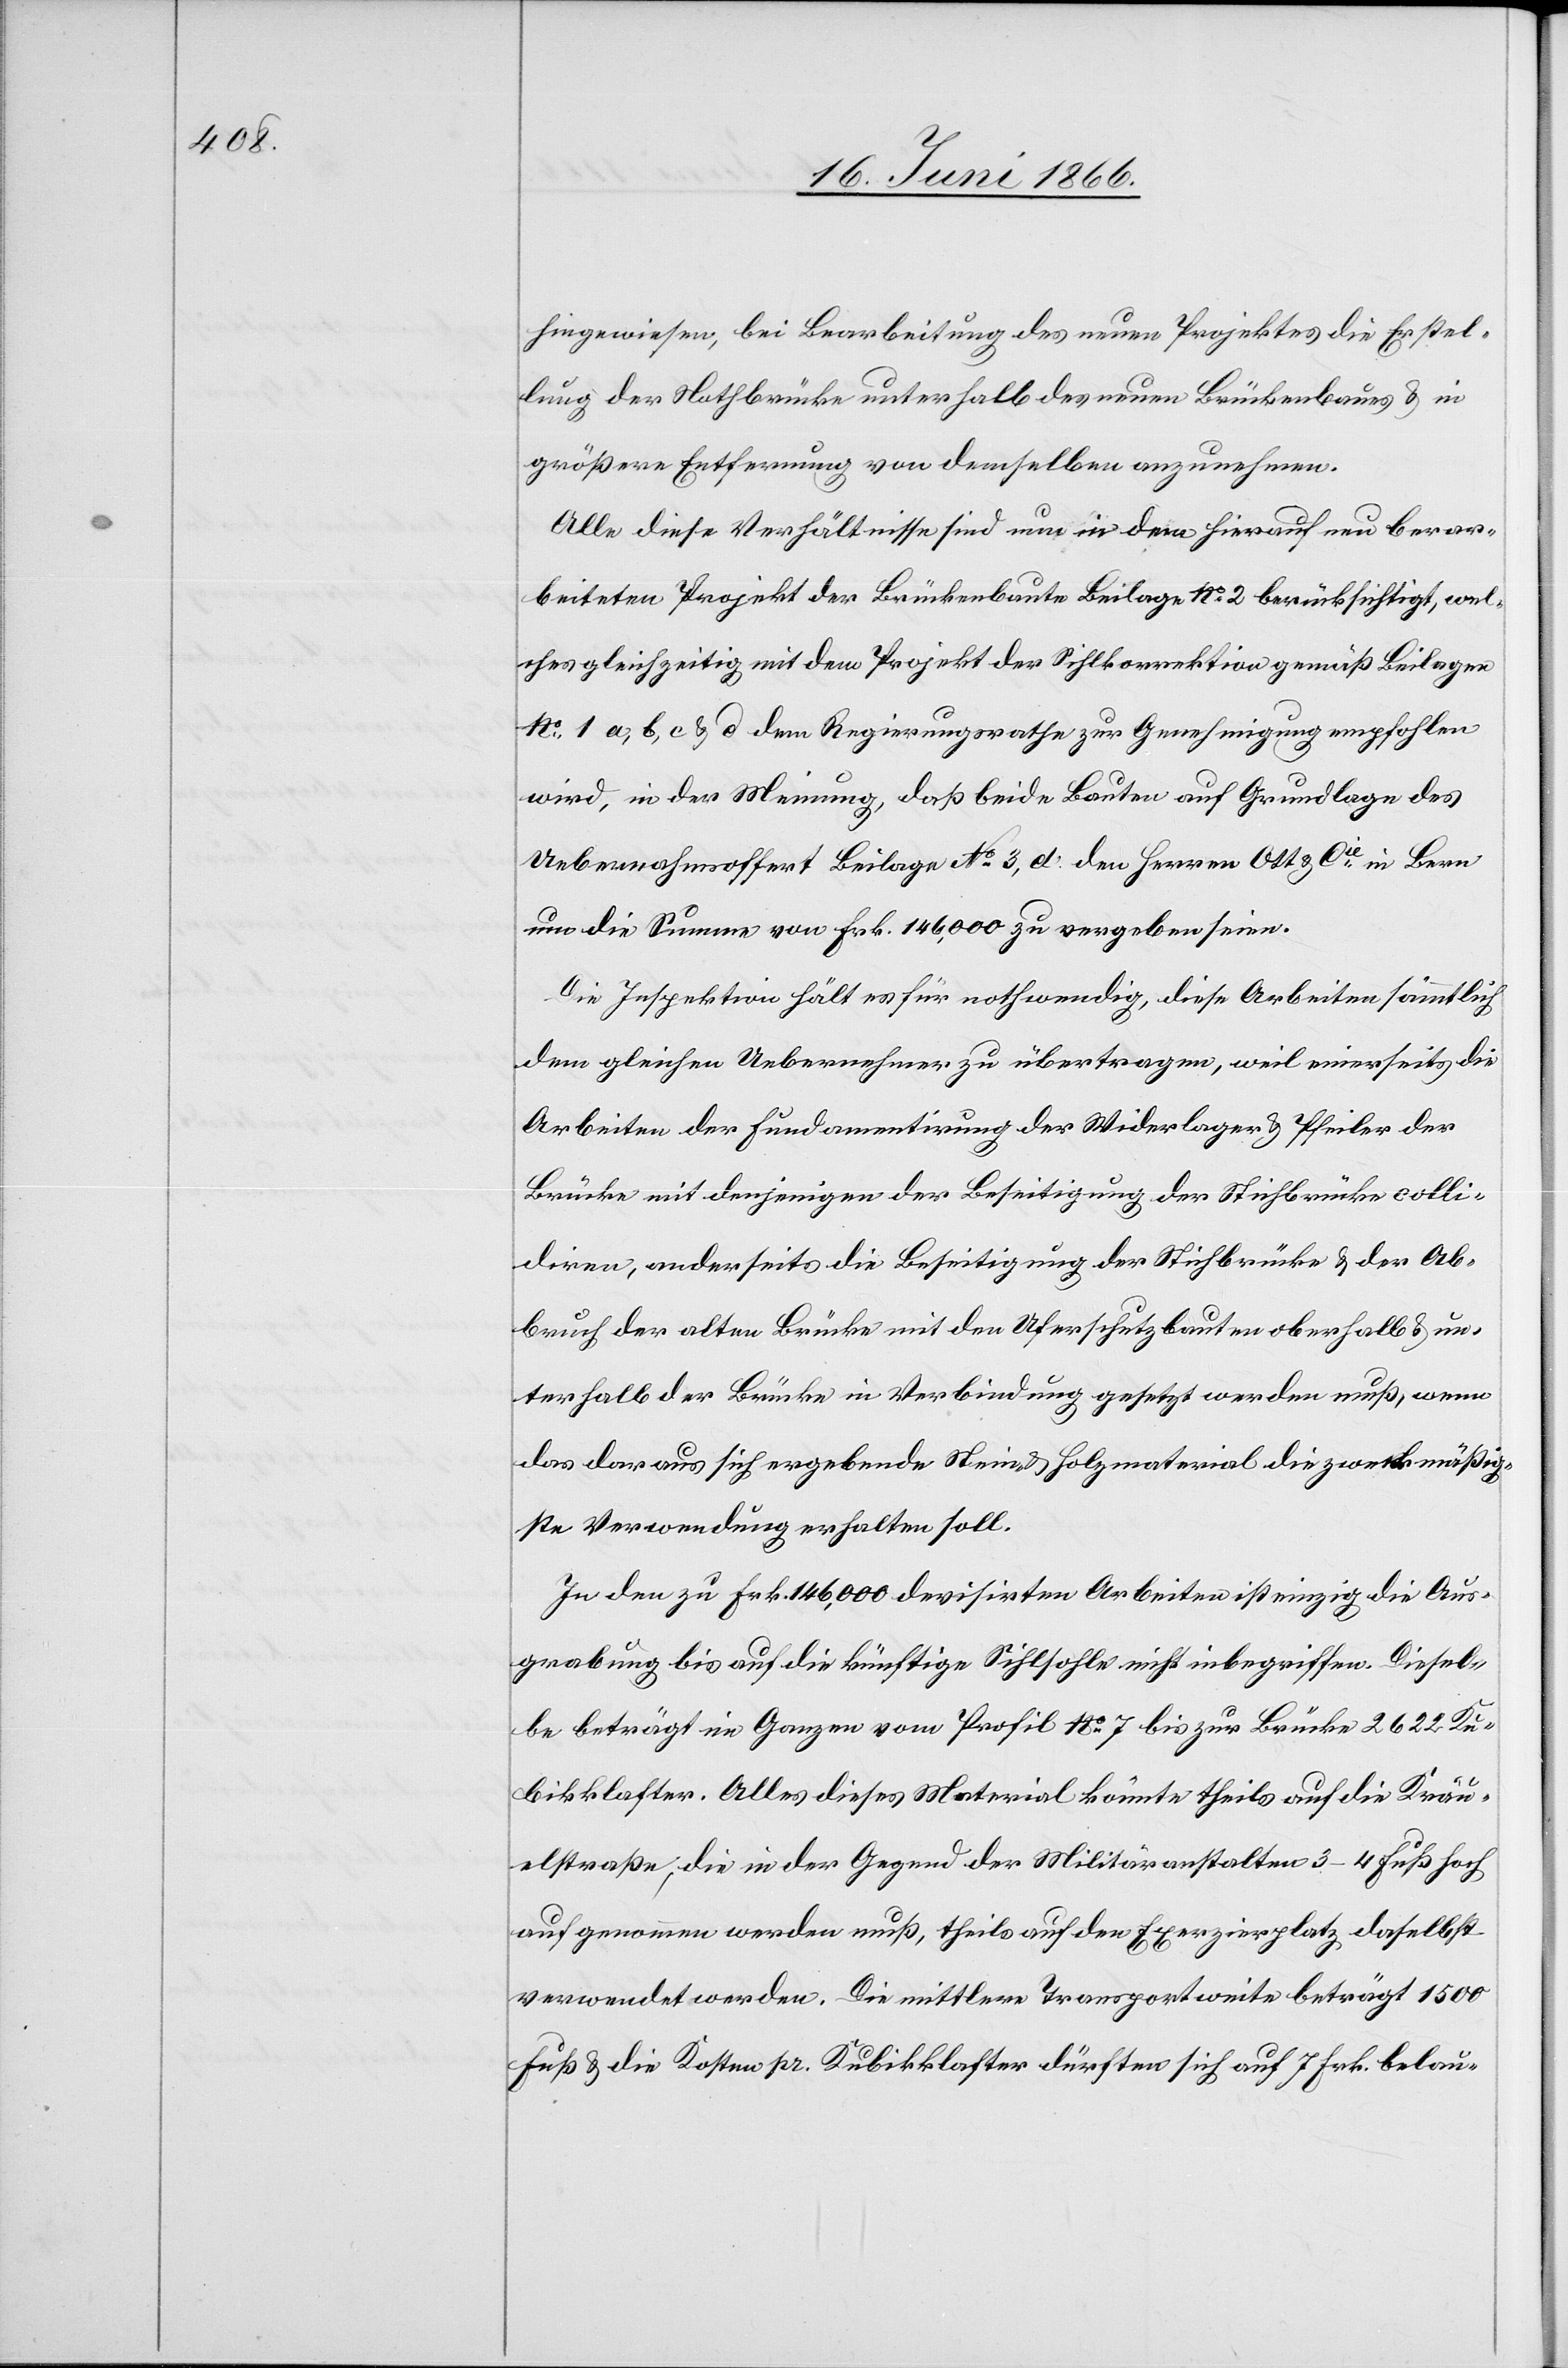
hingewiesen, bei Bearbeitung des neuen Projektes die Erstel¬
lung der Nothbrücke unterhalb des neuen Brückenbaues u. in
größerer Entfernung von demselben anzunehmen.
Alle diese Verhältnisse sind nun in dem hierauf neu bear¬
beiteten Projekt der Brückenbaute Beilage No. 2 berücksichtigt, wel¬
ches gleichzeitig mit dem Projekt der Sihlkorrektion gemäß Beilagen
No. 1 a, b, c, u. d dem Regierungsrathe zur Genehmigung empfohlen
wird, in der Meinung, daß beide Bauten auf Grundlage des
Uebernahmsoffert Beilage No. 3, d. den Herren Ott & Cie. in Bern
nun die Summe von Frk. 146 000 zu vergeben seien.
Die Inspektion hält es für nothwendig, diese Arbeiten sämmtlich
dem gleichen Uebernehmer zu übertragen, weil einerseits die
Arbeiten der Fundamentirung der Widerlager u. Pfeiler der
Brücke mit denjenigen der Beseitigung der Sihlbrücke colli¬
diren, anderseits die Beseitigung der Sihlbrücke u. der Ab¬
bruch der alten Brücke mit den Uferschutzbauten oberhalb u. un¬
terhalb der Brücke in Verbindung gesetzt werden muß, wenn
das daraus sich ergebende Stein- u. Holzmaterial die zweckmäßig¬
ste Verwendung erhalten soll.
In den zu Frk. 146 000 devisirten Arbeiten ist einzig die Aus¬
grabung bis auf die künftige Sihlsohle nicht inbegriffen. Diesel¬
be beträgt im Ganzen vom Profil No. 7 bis zur Brücke 2622 Ku¬
bikklafter. Alles dieses Material könnte theils auf die Kräu¬
elstraße, die in der Gegend der Militäranstalten 3–4 Fuß hoch
aufgenommen werden muß, theils auf den Exerzierplatz daselbst
verwendet werden. Die mittlere Transportweite beträgt 1500
Fuß u. die Kosten pr. Kubikklafter dürften sich auf 7 Frk. belau-